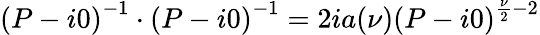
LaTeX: \left(P-i0\right)^{-1}\cdot\left(P-i0\right)^{-1}=2ia(\nu)\left(P-i0\right)^{\frac{\nu}{2}-2}